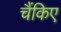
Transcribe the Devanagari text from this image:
चैंकिए